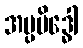
အပ္ပမိဒ္ဓေါ